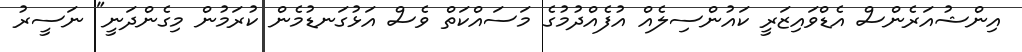
އިންޝުއަރެންސް އެޑްވައިޒަރީ ކައުންސިލެއް އުފެއްދުމުގެ މަސައްކަތް ވެސް އަޅުގަނޑުމެން ކުރަމުން މިގެންދަނީ" ނަސީރު